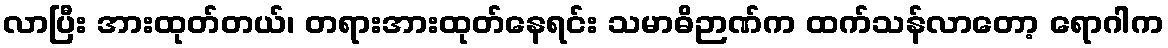
လာပြီး အားထုတ်တယ်၊ တရားအားထုတ်နေရင်း သမာဓိဉာဏ်က ထက်သန်လာတော့ ရောဂါက